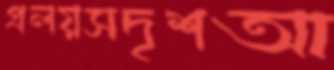
প্রলয়সদৃশআ